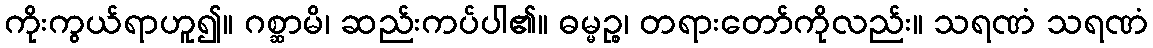
ကိုးကွယ်ရာဟူ၍။ ဂစ္ဆာမိ၊ ဆည်းကပ်ပါ၏။ ဓမ္မဉ္စ၊ တရားတော်ကိုလည်း။ သရဏံ သရဏံ